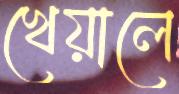
খেয়ালে